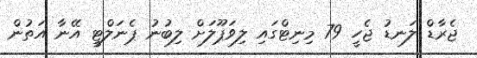
ޖެރާޑް ލަނޑު ޖެހީ 79 މިނިޓްގައި ލިވަޕޫލަށް ލިބުނު ޕެނަލްޓީ އޭނާ އަތުން